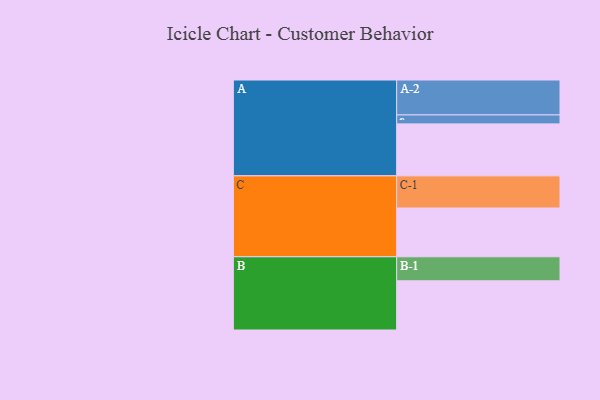
{"axis": {"x": "Segment", "y": "Value"}, "legend": ["", "A", "B", "C"], "data": [{"x": "A", "y": 372, "type": ""}, {"x": "B", "y": 352, "type": ""}, {"x": "C", "y": 349, "type": ""}, {"x": "A-1", "y": 64, "type": "A"}, {"x": "A-2", "y": 250, "type": "A"}, {"x": "B-1", "y": 172, "type": "B"}, {"x": "C-1", "y": 230, "type": "C"}]}